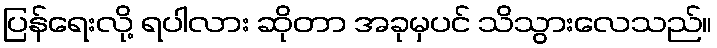
ပြန်ရေးလို့ ရပါလား ဆိုတာ အခုမှပင် သိသွားလေသည်။